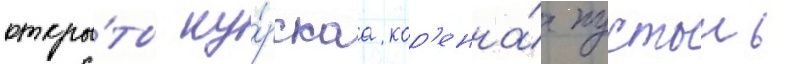
откры́ты ку́рскаа кор'енна́я пустынь